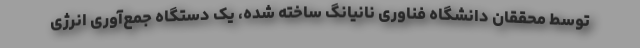
توسط محققان دانشگاه فناوری نانیانگ ساخته شده، یک دستگاه جمع‌آوری انرژی